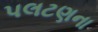
પલટણના